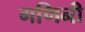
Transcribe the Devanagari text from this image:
गणिनी